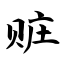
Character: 赃